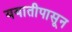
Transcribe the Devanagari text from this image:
ययातीपासून